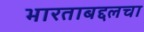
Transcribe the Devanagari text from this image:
भारताबद्दलचा